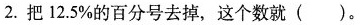
2.把12.5%的百分号去掉，这个数就（）。